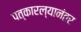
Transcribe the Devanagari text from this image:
पत्कारल्यानंतर